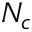
N _ { c }